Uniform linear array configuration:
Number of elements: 4
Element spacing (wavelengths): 0.75
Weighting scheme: exponential
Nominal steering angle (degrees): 30
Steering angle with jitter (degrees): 29.573
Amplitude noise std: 0.05
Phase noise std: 0.05

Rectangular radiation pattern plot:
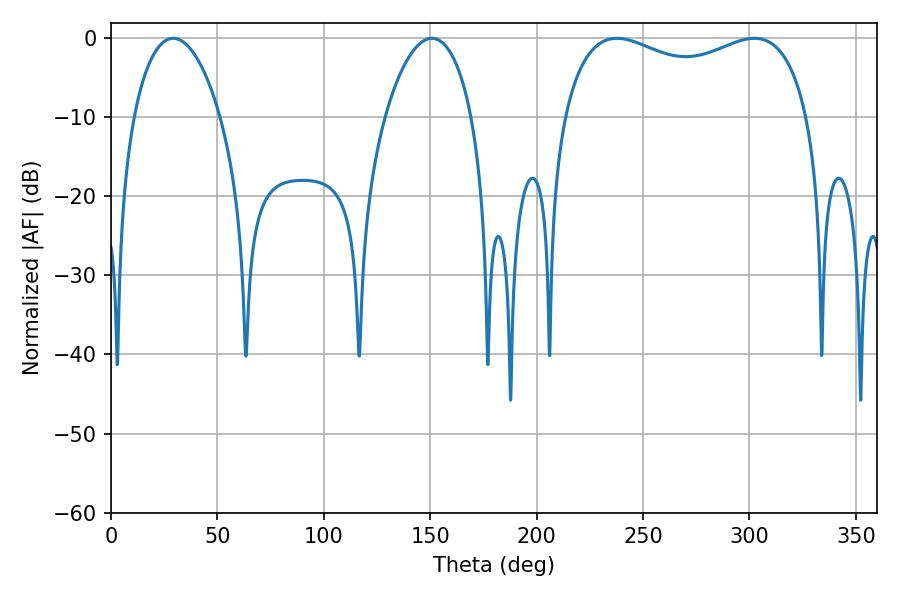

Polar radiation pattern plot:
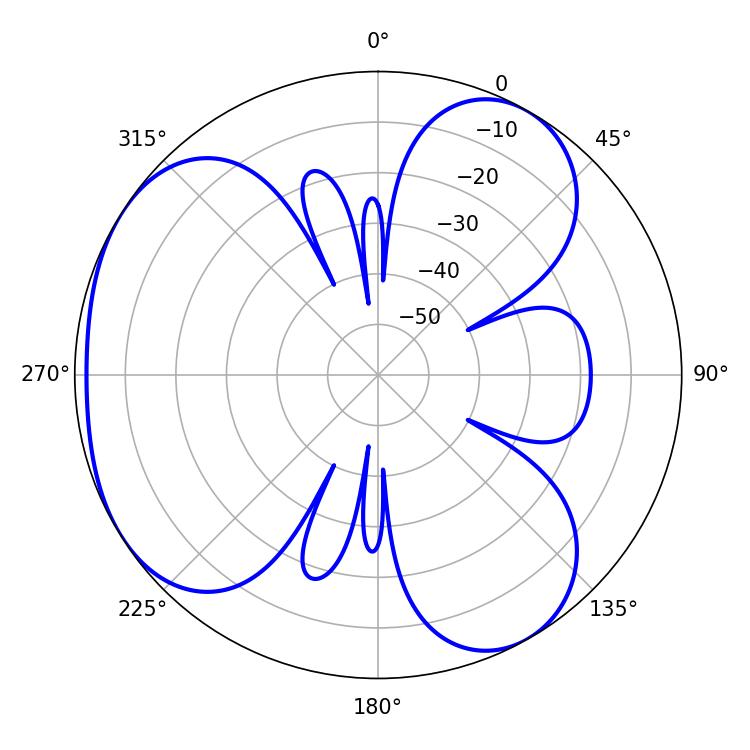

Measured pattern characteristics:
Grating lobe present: TRUE
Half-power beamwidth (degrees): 95.4
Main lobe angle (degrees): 237.78